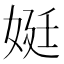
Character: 娗